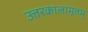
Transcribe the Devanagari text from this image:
उत्तरकालामृतम्